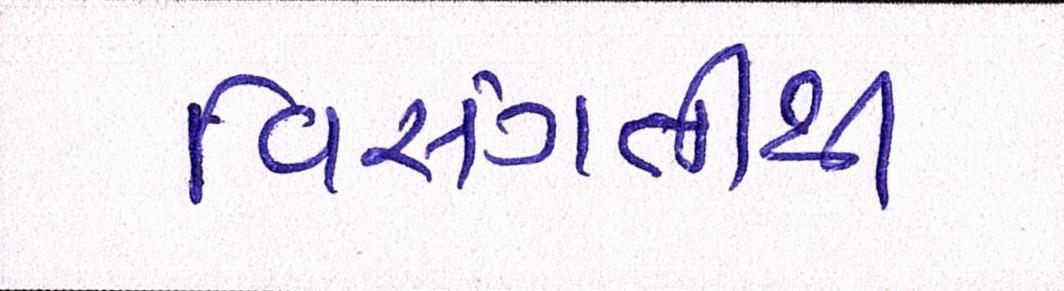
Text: વિસંગતીથી